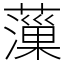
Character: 薻